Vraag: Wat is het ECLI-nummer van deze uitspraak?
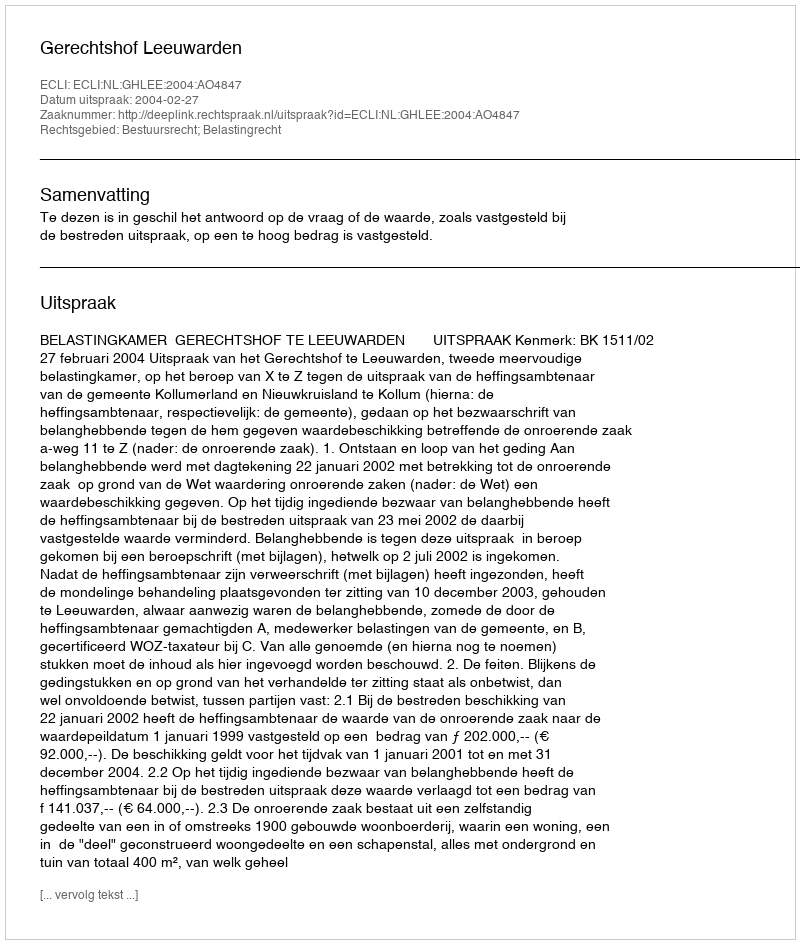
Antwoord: ECLI:NL:GHLEE:2004:AO4847